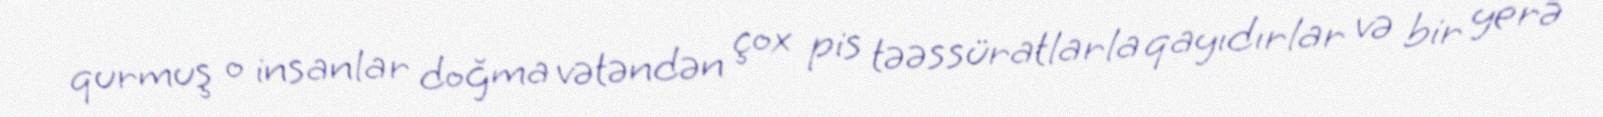
qurmuş o insanlar doğma vətəndən çox pis təəssüratlarla qayıdırlar və bir yerə